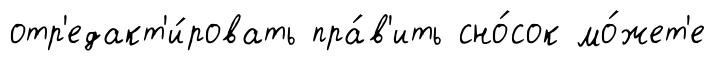
отр'едакт'и́ровать пра́в'ить сно́сок мо́жет'е